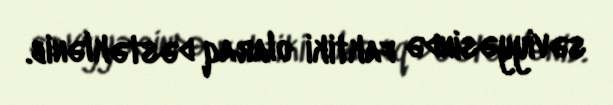
səviyyəsində faktiki olaraq dəstəklənib.